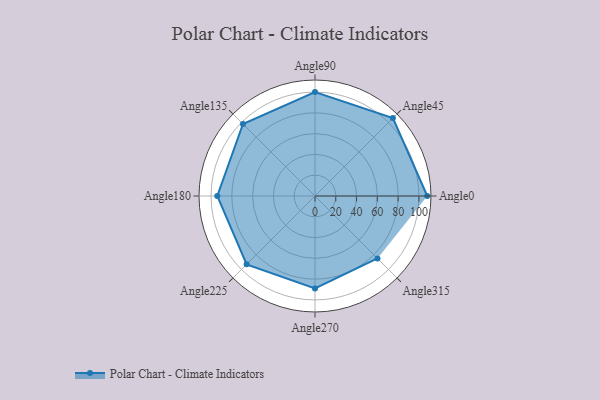
{"axis": {"x": "Angle", "y": "Radius"}, "legend": [""], "data": [{"x": "Angle0", "y": 108.0, "type": ""}, {"x": "Angle45", "y": 106.0, "type": ""}, {"x": "Angle90", "y": 100.0, "type": ""}, {"x": "Angle135", "y": 98.0, "type": ""}, {"x": "Angle180", "y": 94.0, "type": ""}, {"x": "Angle225", "y": 93.0, "type": ""}, {"x": "Angle270", "y": 89.0, "type": ""}, {"x": "Angle315", "y": 85.0, "type": ""}]}